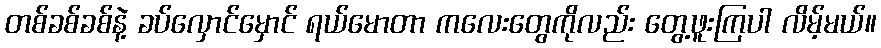
တစ်ခစ်ခစ်နဲ့ ခပ်လှောင်မှောင် ရယ်မောတာ ကလေးတွေကိုလည်း တွေ့ဖူးကြပါ လိမ့်မယ်။